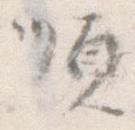
順